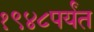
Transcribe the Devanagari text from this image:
१९४८पर्यंत